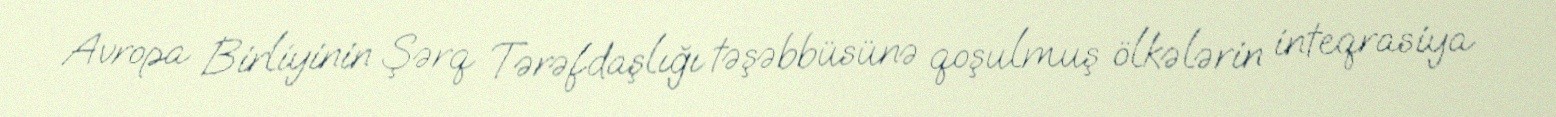
Avropa Birliyinin Şərq Tərəfdaşlığı təşəbbüsünə qoşulmuş ölkələrin inteqrasiya